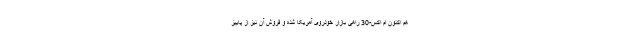
هم اکنون ام اکس-30 راهی بازار خودروی آمریکا شده و فروش آن نیز از پاییز